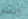
إتمام